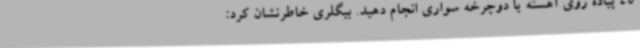
45 پیاده روی آهسته یا دوچرخه سواری انجام دهید. بیگلری خاطرنشان کرد: